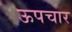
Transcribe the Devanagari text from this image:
ऊपचार